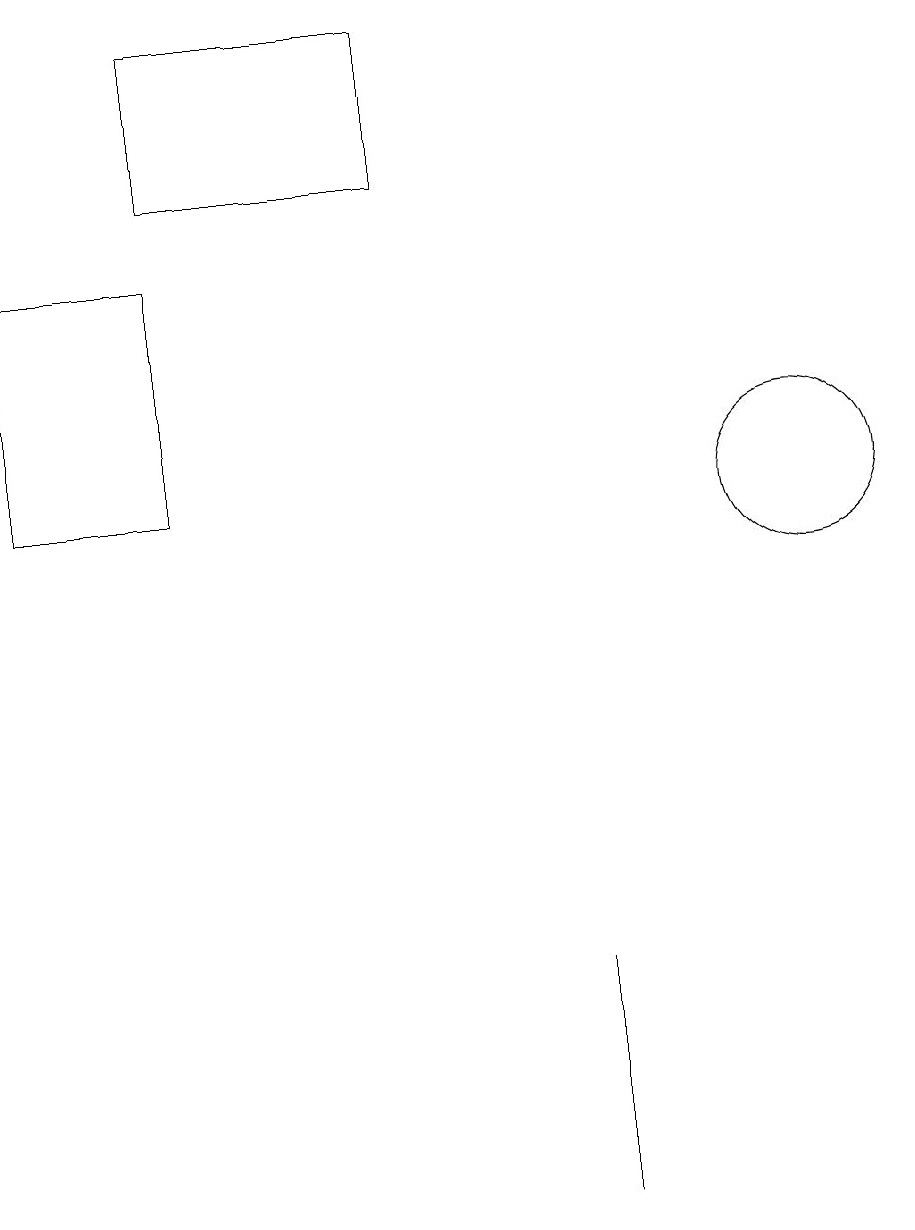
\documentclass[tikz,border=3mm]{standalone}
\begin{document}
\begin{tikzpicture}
\draw (7,3) -- (7,5) -- (7,2) -- cycle;
\draw (2,17) rectangle (5,15);
\draw (10,11) circle (1);
\draw (2,14) rectangle (0,11);
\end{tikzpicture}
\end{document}